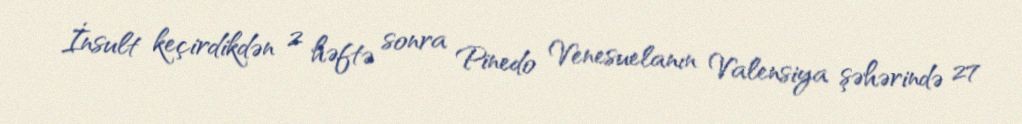
İnsult keçirdikdən 2 həftə sonra Pinedo Venesuelanın Valensiya şəhərində 27